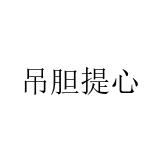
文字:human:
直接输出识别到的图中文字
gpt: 吊胆提心